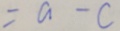
= a - c